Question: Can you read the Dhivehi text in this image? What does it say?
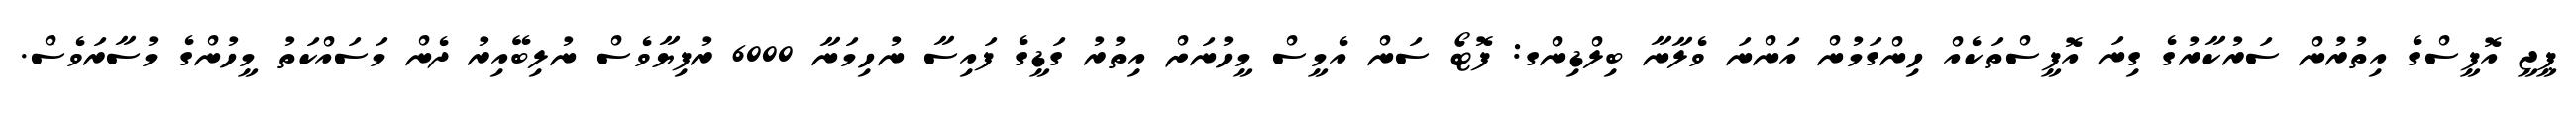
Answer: ޕީޖީ އޮފީސްގެ އިތުރުން ސަރުކާރުގެ ގިނަ އޮފީސްތަކެއް ހިންގަމުން އަންނަ ވެލާނާ ބިލްޑިންގ: ފޮޓޯ ސަން އެމީސް މީހުނަށް އިތުރު ގަޑީގެ ފައިސާ ނުހިމަނާ 6000 ރުފިޔާވެސް ނުލިބޭއިރު ދެން މަސައްކަތު މީހުންގެ މުސާރަވެސް.